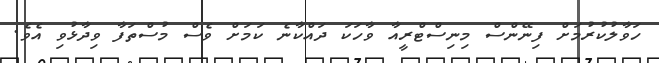
ހަވާލުކުރުމަށް ފިނޭންސް މިނިސްޓްރީއާ ވާހަކަ ދައްކާނެ ކަމަށް ވެސް މުސްތަފާ ވިދާޅުވި އެވެ.